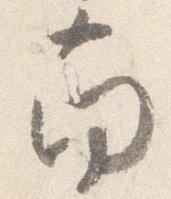
南